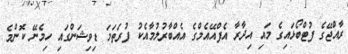
ރާއްޖޭގެ ފުޓްބޯޅައިގެ މައި އިދާރާ އެފްއޭއެމްގެ އެއްބާރުލުމާއެކު ފުރަތަމަ ޑިވިޝަންގައި ހިމެނޭ ކޮންމެ